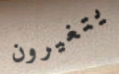
يتغيرون